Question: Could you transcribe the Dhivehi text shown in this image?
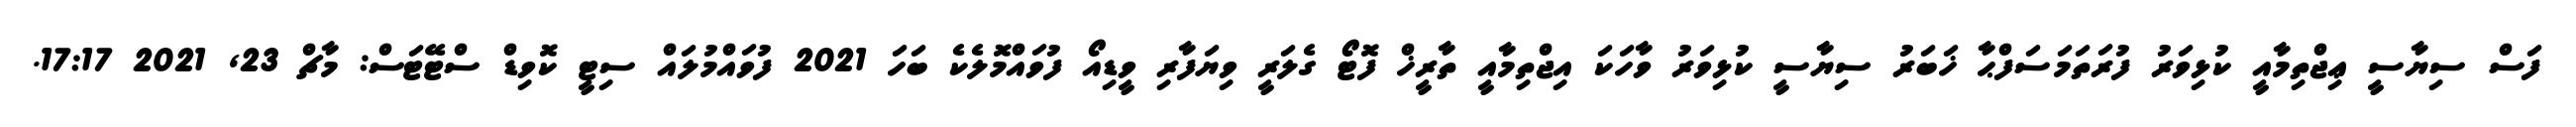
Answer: ފަސް ސިޔާސީ ޢިޖްތިމާއީ ކުޅިވަރު ފުރަތަމަސަފްޙާ ޚަބަރު ސިޔާސީ ކުޅިވަރު ވާހަކަ އިޖްތިމާއީ ތާރީޚް ފޮޓޯ ގެލަރީ ވިޔަފާރި ވީޑިއޯ ފުވައްމޮލެކެ ބަހަ 2021 ފުވައްމުލައް ސިޓީ ކޮވިޑް ސްޓޭޓަސް: މާޗް 23, 2021 17:17.